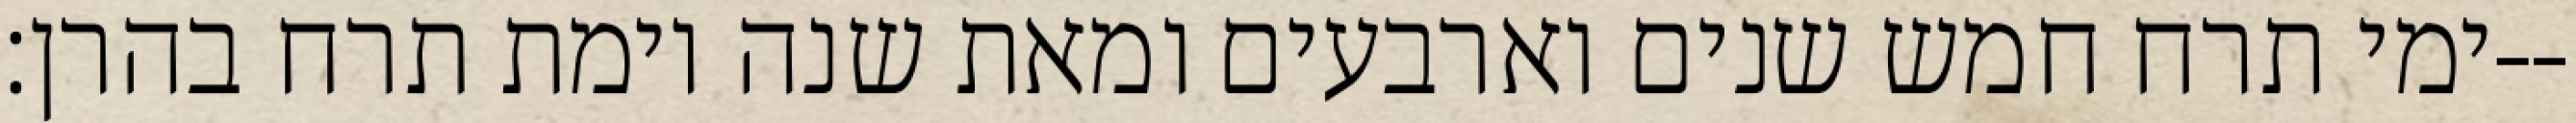
ימי תרח חמש שנים וארבעים ומאת שנה וימת תרח בהרן׃--